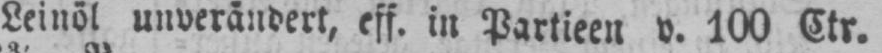
Leinöl unverändert, eff. in Partieen v. 100 Ctr.